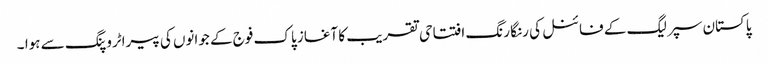
پاکستان سپر لیگ کے فائنل کی رنگا رنگ افتتاحی تقریب کا آغاز پاک فوج کے جوانوں کی پیراٹروپنگ سے ہوا ۔